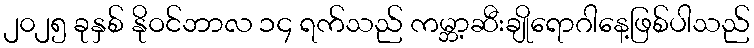
၂၀၂၅ ခုနှစ် နိုဝင်ဘာလ ၁၄ ရက်သည် ကမ္ဘာ့ဆီးချိုရောဂါနေ့ဖြစ်ပါသည်